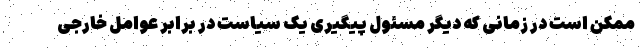
ممکن است در زمانی که دیگر مسئول پیگیری یک سیاست در برابر عوامل خارجی